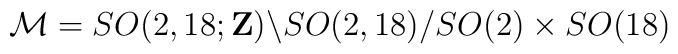
{\cal M}= SO(2,18;{\bf Z})\backslash SO(2,18)/SO(2) \times SO(18)